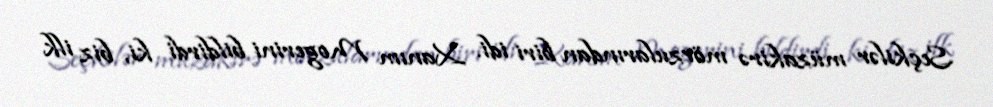
Seçkilər müzakirə mövzularından biri idi. Xanım Mogerini bildirdi ki, biz ilk